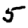
Digit: 5